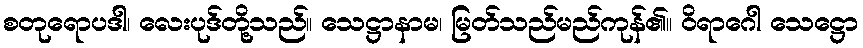
စတုရောပဒါ၊ လေးပုဒ်တို့သည်။ သေဋ္ဌာနာမ၊ မြတ်သည်မည်ကုန်၏။ ဝိရာဂေါ သေဋ္ဌော